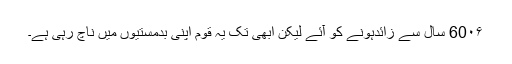
60۰۶ سال سے زائدہونے کو آئے لیکن ابھی تک یہ قوم اپنی بدمستیوں میں ناچ رہی ہے۔